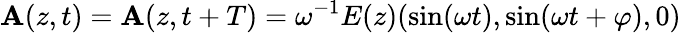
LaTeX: {\mathbf A}(z,t)={\mathbf A}(z,t+T)=\omega^{-1}E(z)(\sin(\omega t),\sin(\omega t+\varphi),0)